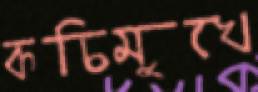
কচিমুখে